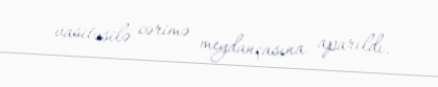
vasitəsilə cərimə meydançasına aparıldı.